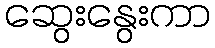
ဆွေးနွေးကာ